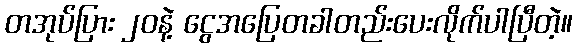
တအုပ်ပြား ၂၀နဲ့ ငွေအပြေတခါတည်းပေးလိုက်ပါပြီတဲ့။